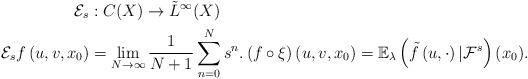
LaTeX: \begin{align*}\mathcal{E}_{s} & :C(X)\to\tilde{L}^{\infty}(X)\\\mathcal{E}_{s}f\left(u,v,x_{0}\right) & =\lim_{N\to\infty}\frac{1}{N+1}\sum_{n=0}^{N}s^{n}.\left(f\circ\xi\right)\left(u,v,x_{0}\right)=\mathbb{E}_{\lambda}\left(\tilde{f}\left(u,\cdot\right)|\mathcal{F}^{s}\right)(x_{0}).\end{align*}